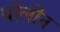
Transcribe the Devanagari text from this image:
थोलीन